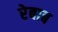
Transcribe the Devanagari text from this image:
रेबाब